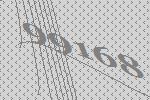
99168